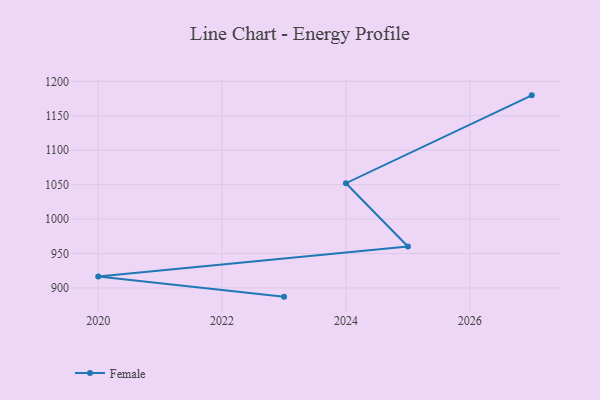
{"axis": {"x": "Year", "y": "Website Visitors"}, "legend": ["Female"], "data": [{"x": "2023", "y": 887.4, "type": "Female"}, {"x": "2020", "y": 916.8, "type": "Female"}, {"x": "2025", "y": 960.3, "type": "Female"}, {"x": "2024", "y": 1052.1, "type": "Female"}, {"x": "2027", "y": 1179.6, "type": "Female"}]}